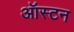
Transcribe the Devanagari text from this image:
ऑस्टन